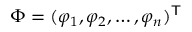
\ \Phi = ( \varphi _ { 1 } , \varphi _ { 2 } , \ldots , \varphi _ { n } ) ^ { \mathsf { T } }